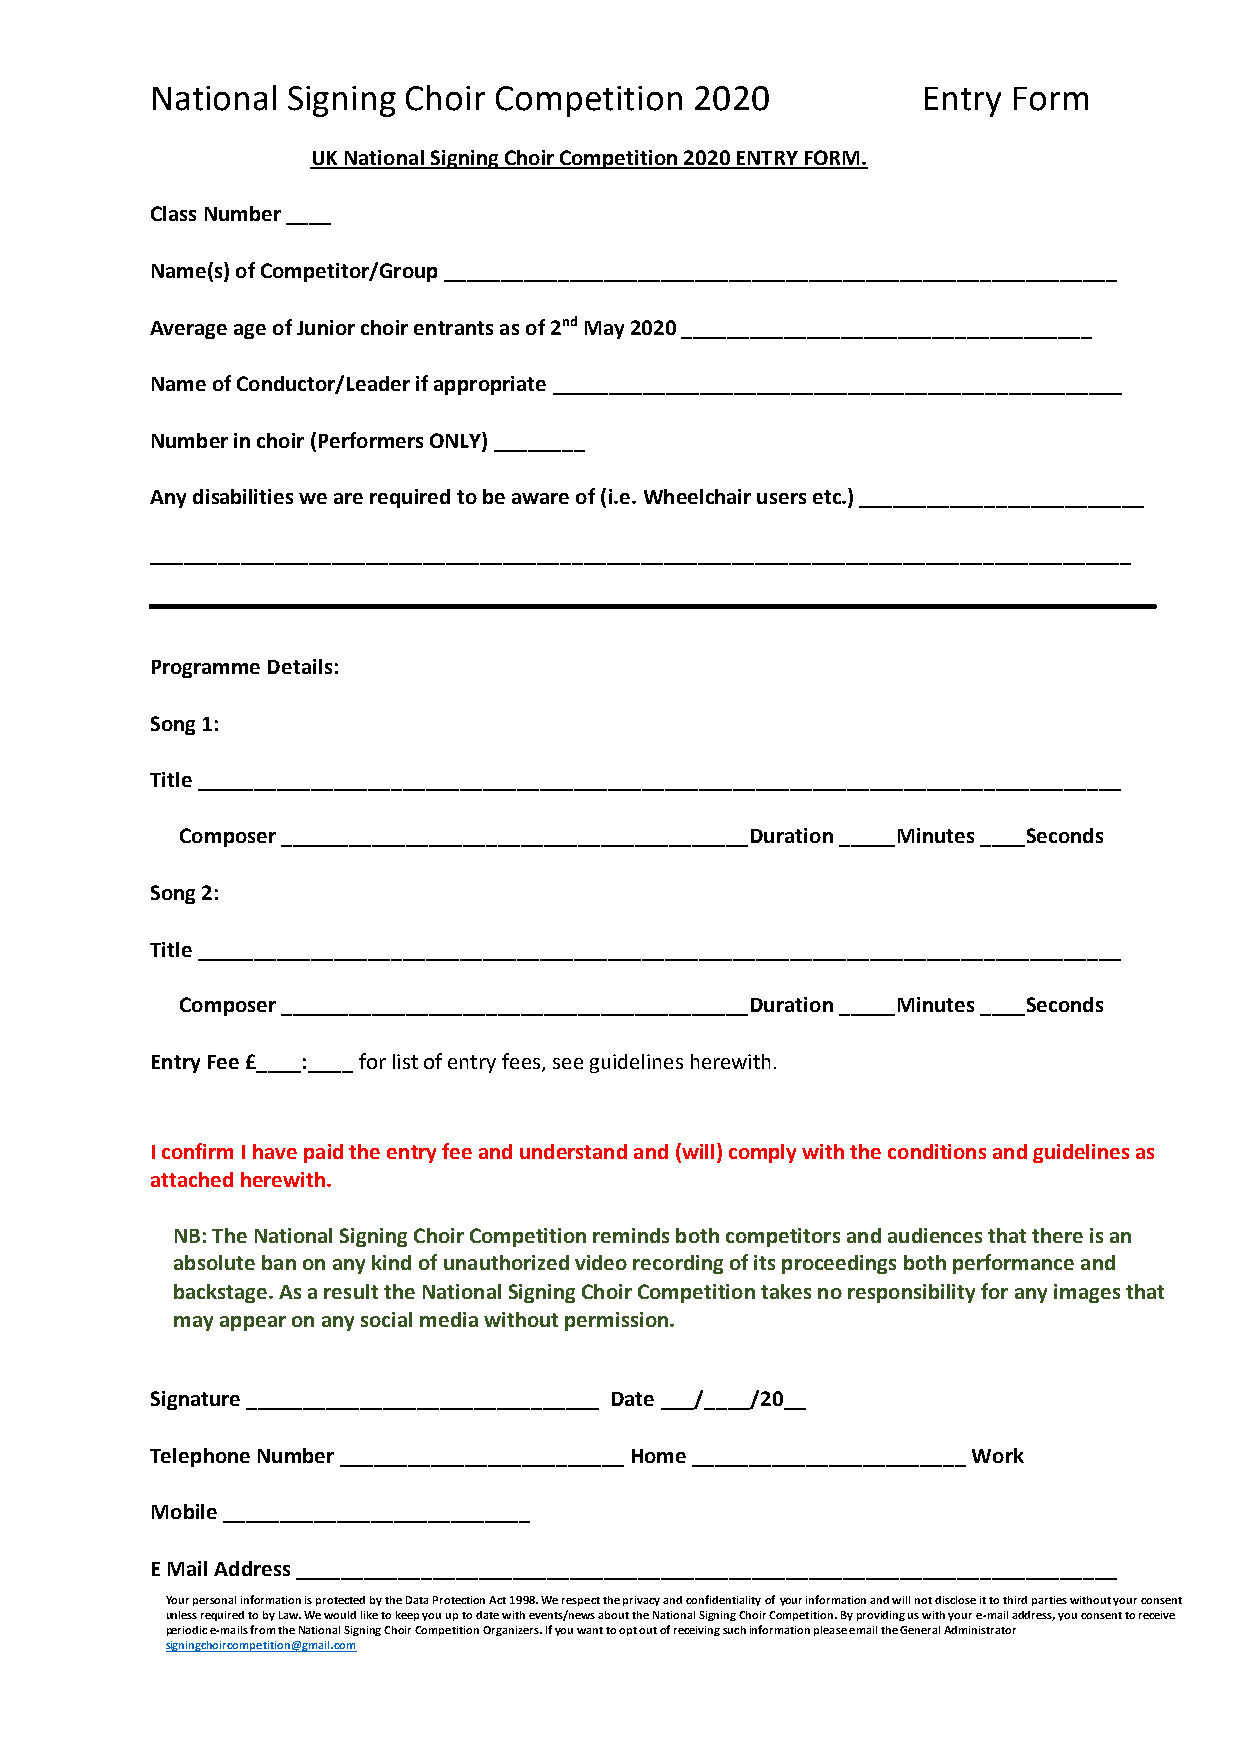
National Signing Choir Competition  2020           Entry Form
 UK National Signing Choir Competition 2020 ENTRY FORM.
 Class Number ____
 Name(s) of Competitor/Group ___________________________________________________________
 Average age of Junior choir entrants as of 2nd May 2020 ____________________________________
 Name of Conductor/Leader if appropriate __________________________________________________
 Number in choir (Performers ONLY) ________
 Any disabilities we are required to be aware of (i.e. Wheelchair users etc.) _________________________
 ______________________________________________________________________________________
 Programme Details:
 Song 1:
 Title _________________________________________________________________________________
 Composer _________________________________________Duration _____Minutes ____Seconds
 Song 2:
 Title _________________________________________________________________________________
 Composer _________________________________________Duration _____Minutes ____Seconds
 Entry Fee £____:____ for list of entry fees, see guidelines herewith.
 I confirm I have paid the entry fee and understand and (will) comply with the conditions and guidelines as
 attached herewith.
 NB: The National Signing Choir Competition reminds both competitors and audiences that there is an
 absolute ban on any kind of unauthorized video recording of its proceedings both performance and
 backstage. As a result the National Signing Choir Competition takes no responsibility for any images that
 may appear on any social media without permission.
 Signature _______________________________ Date ___/____/20__
 Telephone Number _________________________ Home ________________________ Work
 Mobile ___________________________
 E Mail Address ________________________________________________________________________
 Your personal information is protected by the Data Protection Act 1998. We respect the privacy and confidentiality of your information and will not disclose it to third parties without your consent
 unless required to by Law. We would like to keep you up to date with events/news about the National Signing Choir Competition. By providing us with your e-mail address, you consent to receive
 periodic e-mails from the National Signing Choir Competition Organizers. If you want to opt out of receiving such information please email the General Administrator
 signingchoircompetition@gmail.com